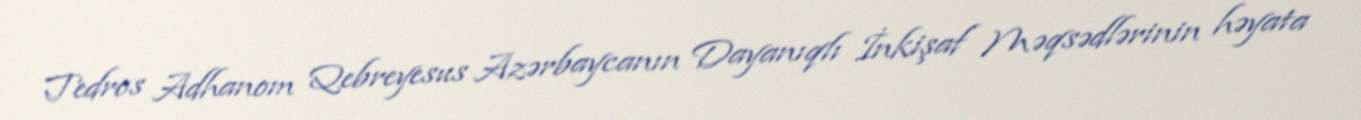
Tedros Adhanom Qebreyesus Azərbaycanın Dayanıqlı İnkişaf Məqsədlərinin həyata